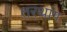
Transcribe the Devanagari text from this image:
तरथांग